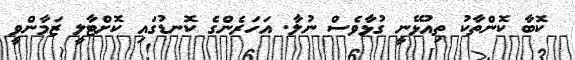
ކޮބާ ކޮންތާކު ތިއުޅޭނީ ގުޅާވެސް ނުލާ. އަހަރެންގެ ކޮނޑުގައި ކޮށްޓާލީ ޒަމާންވީ